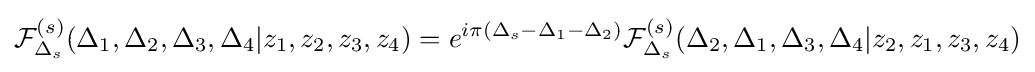
{\mathcal {F}}_{\Delta _{s}}^{(s)}(\Delta _{1},\Delta _{2},\Delta _{3},\Delta _{4}|z_{1},z_{2},z_{3},z_{4})=e^{i\pi (\Delta _{s}-\Delta _{1}-\Delta _{2})}{\mathcal {F}}_{\Delta _{s}}^{(s)}(\Delta _{2},\Delta _{1},\Delta _{3},\Delta _{4}|z_{2},z_{1},z_{3},z_{4})